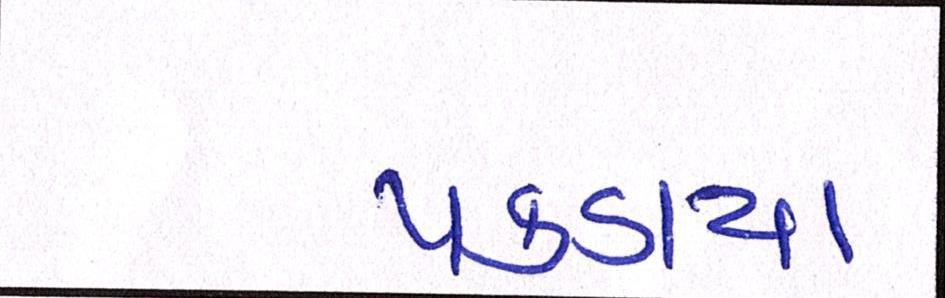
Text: પકડાયા